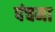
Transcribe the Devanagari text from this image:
पंचमा